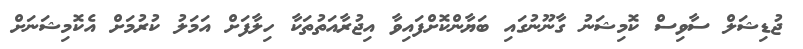
ޖުޑިޝަލް ސާވިސް ކޮމިޝަނު ގާނޫނުގައި ބަޔާންކޮށްފައިވާ އިޖުރާއަތުތަކާ ހިލާފަށް އަމަލު ކުރުމަށް އެކޮމިޝަނަށް